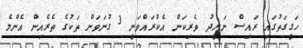
ހަގީގަތުގައި ރައިސް ނަށީދު ވެރިކަން އެކުރައްވަނީ 3 ގުނަވަން ތަކުގެ ތެރެއިން އެންމެ